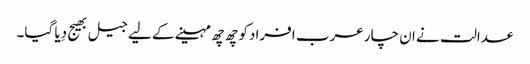
عدالت نے ان چار عرب افرادکو چھ چھ مہینے کے لیے جیل بھیج دِیا گیا۔